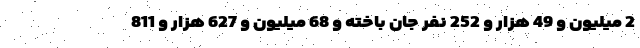
2 میلیون و 49 هزار و 252 نفر جان باخته و 68 میلیون و 627 هزار و 811